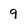
Character: 9